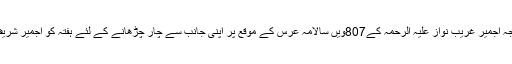
وزیراعظم نریندرمودی نے سلطان الہند خواجہ اجمیر غریب نواز علیہ الرحمہ کے807ویں سالامہ عرس کے موقع پر اپنی جانب سے چار چڑھانے کے لئے ہفتہ کو اجمیر شریف درگاہ کے لئے ایک نمائندہ وفد کو سونپی۔